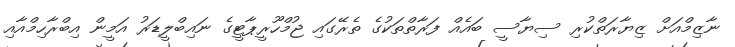
ނާޒިމްއަށް ޒިޔާރަތްކުރި ސިޔާސީ ބައެއް ފަރާތްތަކުގެ ތެރޭގައި ޖުމްހޫރީޕާޓީގެ ނައިބްލީޑަރު އަމީން އިބްރާހިމްއާއި